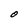
Character: O